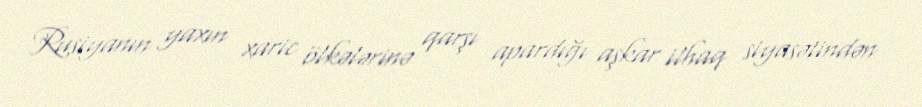
Rusiyanın yaxın xaric ölkələrinə qarşı apardığı aşkar ilhaq siyasətindən